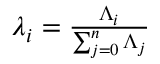
\begin{array} { r } { \lambda _ { i } = \frac { \Lambda _ { i } } { \sum _ { j = 0 } ^ { n } \Lambda _ { j } } } \end{array}